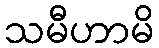
သမီဟာမိ